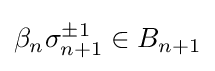
\beta _{n}\sigma _{n+1}^{\pm 1}\in B_{n+1}